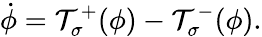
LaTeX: \dot{\phi}={\cal T}_{\sigma}^{+}(\phi)-{\cal T}_{\sigma}^{-}(\phi).